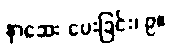
နှာဆေး ပေးခြင်း၊ ၉။